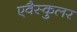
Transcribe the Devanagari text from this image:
एवैस्कुलर